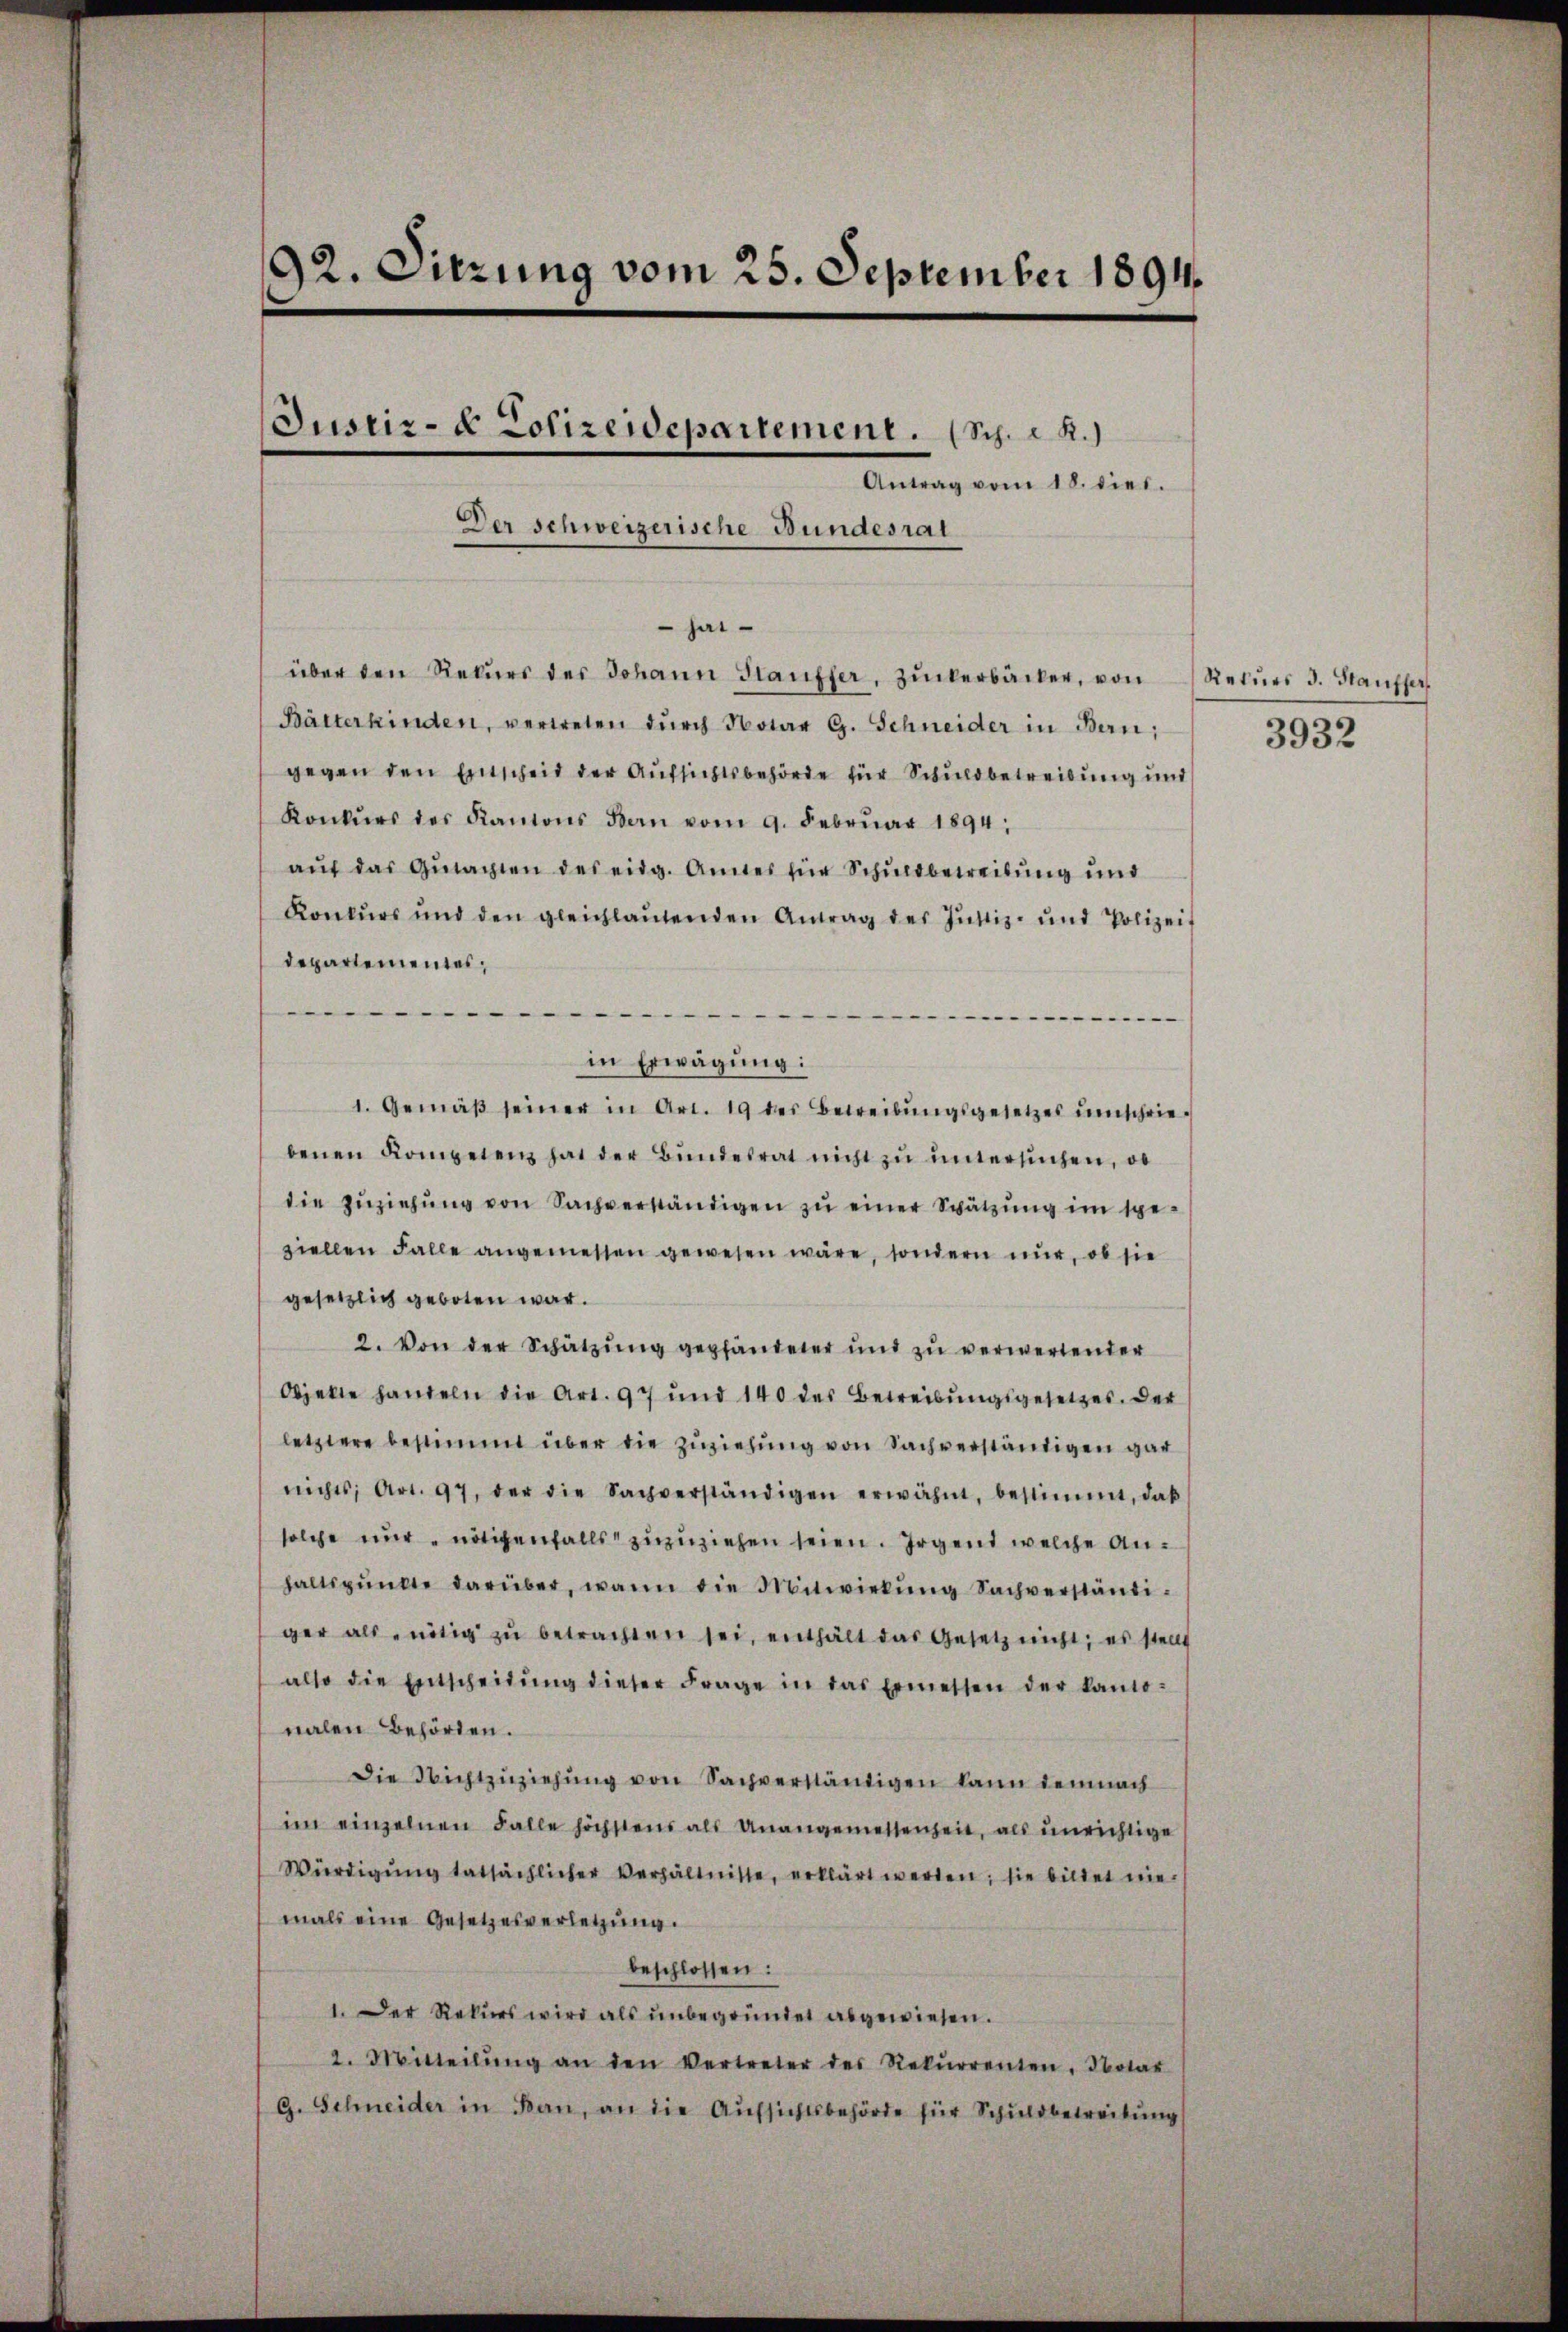
92. Sitzung vom 25. September 1894.
.

Der schweizerische Bundesrat

Antrag vom 18. dies.
 hat
über den Rekurs des Johann Stauffer, Zuckerbäcker, von
Bätterkinden, vertreten dŭrch Notar G. Schneider in Bern;
gegen den Entscheit der Aufsichtsbehörde für Schuldbetreibung und
Konkŭrs des Kantons Bern vom 9. Febrŭar 1894.
aŭf das Gŭtachten des eidg. Amnes für Schuldbetreibung und
Konkŭrs und den gleichlaŭtenden Antrag des Jŭstiz- und Polizeit
departementes,

.
e
in Erwägung:
1. Gemäβ seiner in Art. 19 des Betreibungsgesetzes umschriebenen Kompetenz hat der Bundesrat nicht zu untersuchen, ob
die Zŭziehŭng von Sachverständigen zŭ einer Schätzung im spe-
ziellen Falle angemessen gewesen wäre, sondern nur, ob sie
gesetzlich geboten war.
2. Von der Schätzŭng gepfändeter und zu verwertender
Objekte handeln die Art. 97 und 140 des Betreibŭngsgesetzes. Der
letztere bestimmt über die Zuziehŭng von Sachverständigen gar
nichts, Art. 97, der die Sachverständigen erwähnt, bestimmt, daβ
solche nur nötigenfalls zuzuziehen seien. Irgend welche Anhaltspunkte darüber, wann die Mitwirkŭng Sachverständi-
ger als nötig zŭ betrachten sei, enthält das Gesetz nicht; es stellt
also die Entscheidŭng dieser Frage in das Ermessen der kanto-
nalen Behörden.
Die Nichtzŭziehŭng von Sachverständigen kann demnach
im einzelnen Falle höchstens als Unangemessenheit, als unrichtige
Würdigŭng tatsächlicher Verhältnisse, erklärt werden; sie bildet nie
mals eine Gesetzesverletzung.
beschlossen:
1. Der Rekŭrs wird als ŭnbegründet abgewiesen.
2. Mitteilŭng an den Vertreter des Rekŭrrenten, Notar
G. Schneider in Ban, an die Aufsichtsbehörde für Schuldbetreitung

Justiz- & Polizeidepartement. (Sch. d. R.)

Rekurs d. Hauffer
3932